Indian journal of veterinary science and animal husbandry - Volume 9,
Year: 1939
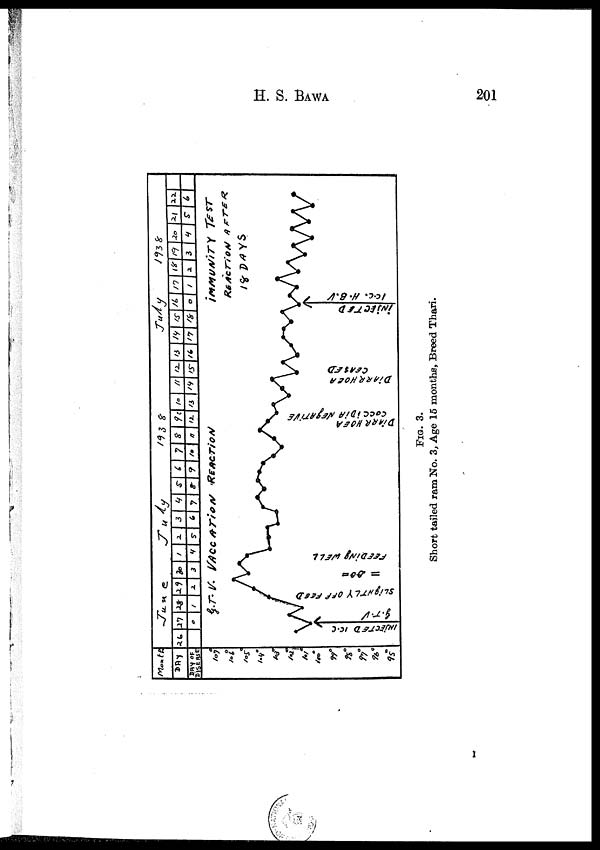
H. S.
BAWA
201
FIG. 3.
Short tailed ram No. 3, Age 16 months, Breed Thari.